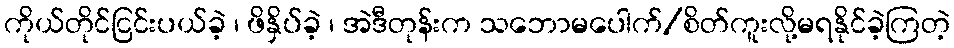
ကိုယ်တိုင်ငြင်းပယ်ခဲ့ ၊ ဖိနှိပ်ခဲ့ ၊ အဲဒီတုန်းက သဘောမပေါက်/စိတ်ကူးလို့မရနိုင်ခဲ့ကြတဲ့